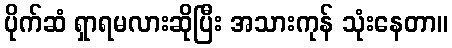
ပိုက်ဆံ ရှာရမလားဆိုပြီး အသားကုန် သုံးနေတာ။